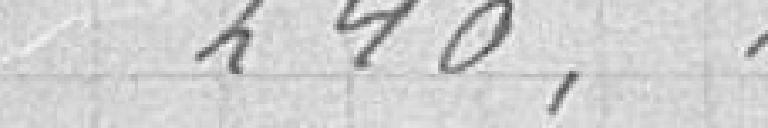
240